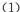
(1)